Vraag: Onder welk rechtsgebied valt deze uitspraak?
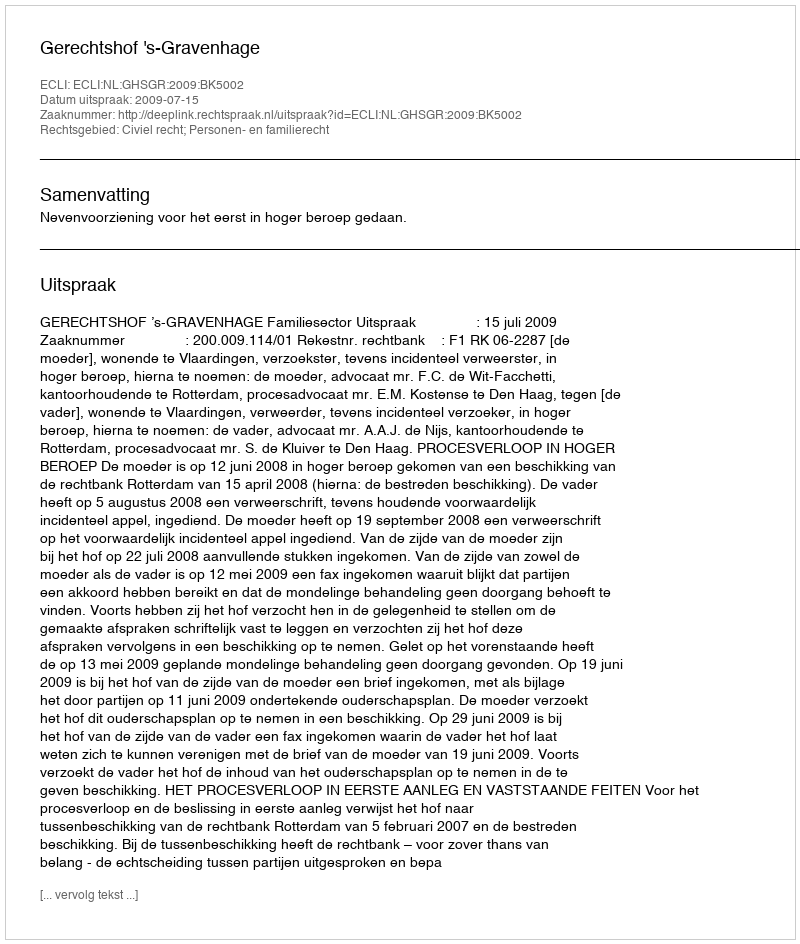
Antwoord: Civiel recht; Personen- en familierecht